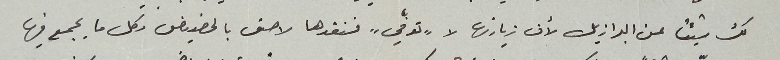
لك شيئاً عن البرازيل لأن زيارتها لا "توفّي" فنقدها لاحق بالحضيض وكل ما يجمع فيها